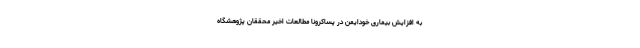
به افزایش بیماری‌ خودایمن در پساکرونا مطالعات اخیر محققان پژوهشگاه